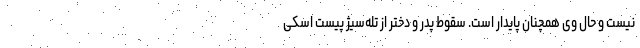
نیست و حال وی همچنان پایدار است. سقوط پدر و دختر از تله‌سیژ پیست اسکی